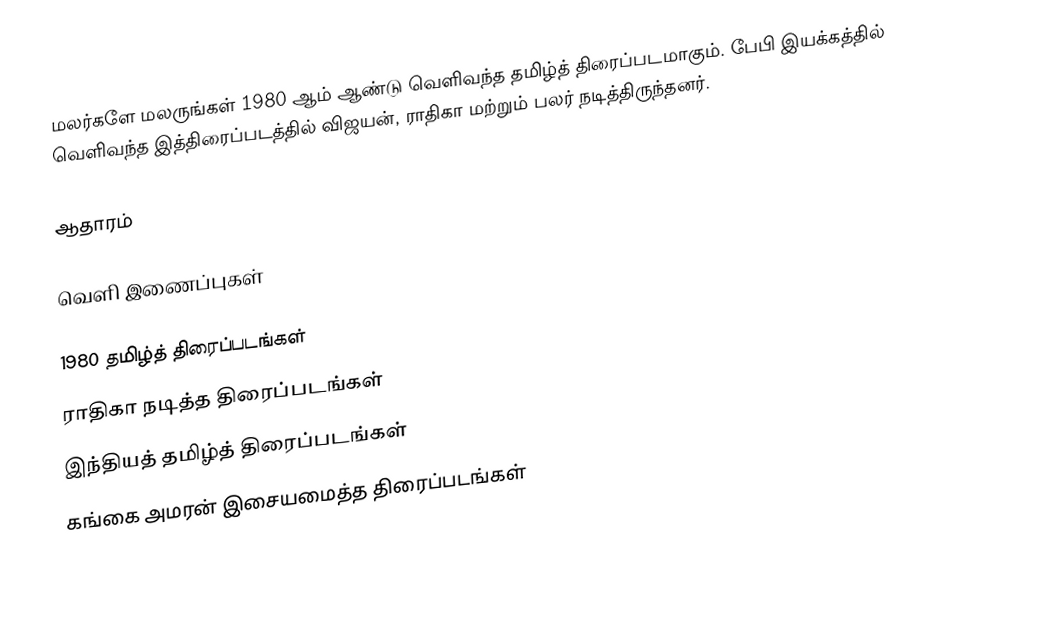
மலர்களே மலருங்கள் 1980 ஆம் ஆண்டு வெளிவந்த தமிழ்த் திரைப்படமாகும். பேபி இயக்கத்தில் வெளிவந்த இத்திரைப்படத்தில் விஜயன், ராதிகா மற்றும் பலர் நடித்திருந்தனர்.

ஆதாரம்

வெளி இணைப்புகள்

1980 தமிழ்த் திரைப்படங்கள்
ராதிகா நடித்த திரைப்படங்கள்
இந்தியத் தமிழ்த் திரைப்படங்கள்
கங்கை அமரன் இசையமைத்த திரைப்படங்கள்